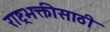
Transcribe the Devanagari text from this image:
राष्ट्रभक्तीसाठी